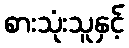
စားသုံးသူနှင့်